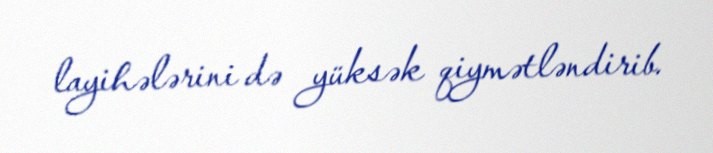
layihələrini də yüksək qiymətləndirib.